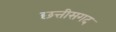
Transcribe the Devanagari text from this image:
छत्तीसगद